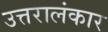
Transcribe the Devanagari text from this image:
उत्तरालंकार